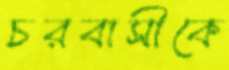
চরবাসীকে